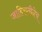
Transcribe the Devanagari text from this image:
जाहिरातीनेच